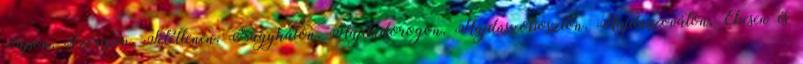
Sápon, Szerepen, Tetétlenen, Nagyháton, Hajdúdorogon, Hajdúszoboszlón, Hajdúszováton, Ebesen és